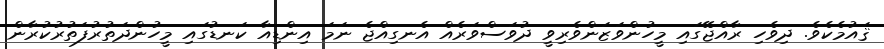
ޤައުމެކެވެ. ދިވެހި ރާއްޖޭގައި މީހުންވަޒަންވެރިވީ ދުވަސްވަރެއް އެނގިއްޖެ ނަމަ އިންޑިއާ ކަނޑުގައި މީހުންދަތުރުފަތުރުކުރާން